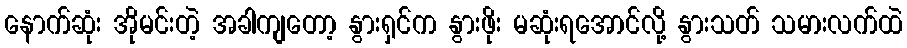
နောက်ဆုံး အိုမင်းတဲ့ အခါကျတော့ နွားရှင်က နွားဖိုး မဆုံးရအောင်လို့ နွားသတ် သမားလက်ထဲ